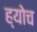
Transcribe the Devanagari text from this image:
ह्योच